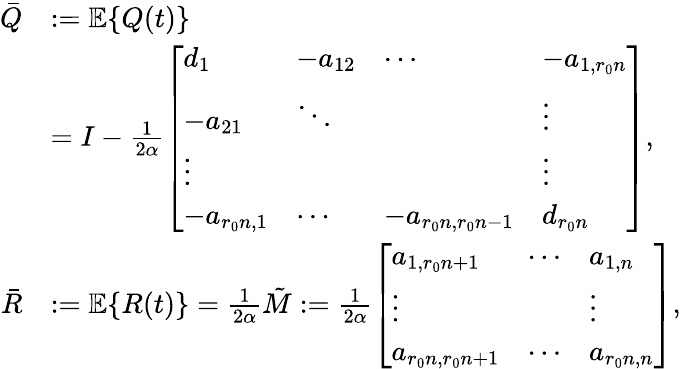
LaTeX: \begin{array}{rl}{\bar{Q}}&{:=\mathbb{E}\{ Q(t)\} }\\ &{=I-\frac{1}{2\alpha}\left[\begin{array}{llll}{d_{1}}&{-a_{12}}&{\cdots}&{-a_{1,r_{0}n}}\\ {-a_{21}}&{\ddots}&&{\vdots}\\ {\vdots}&&&{\vdots}\\ {-a_{r_{0}n,1}}&{\cdots}&{-a_{r_{0}n,r_{0}n-1}}&{d_{r_{0}n}}\end{array}\right],}\\ {\bar{R}}&{:=\mathbb{E}\{ R(t)\} =\frac{1}{2\alpha}\tilde{M}:=\frac{1}{2\alpha}\left[\begin{array}{lll}{a_{1,r_{0}n+1}}&{\cdots}&{a_{1,n}}\\ {\vdots}&&{\vdots}\\ {a_{r_{0}n,r_{0}n+1}}&{\cdots}&{a_{r_{0}n,n}}\end{array}\right],}\end{array}